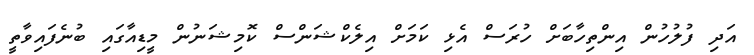
އަދި ފުލުހުން އިންތިހާބަށް ހުރަސް އެޅި ކަމަށް އިލެކްޝަންސް ކޮމިޝަނުން މީޑިއާގައި ބުނެފައިވާތީ